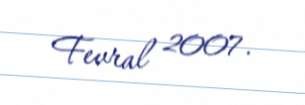
Fevral 2007.